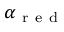
\boldsymbol { \alpha } _ { \mathrm { ~ r ~ e ~ d ~ } }